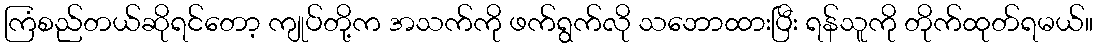
ကြံစည်တယ်ဆိုရင်တော့ ကျုပ်တို့က အသက်ကို ဖက်ရွက်လို သဘောထားပြီး ရန်သူကို တိုက်ထုတ်ရမယ်။